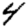
Digit: 4